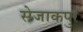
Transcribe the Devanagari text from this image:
सेजाकपुर